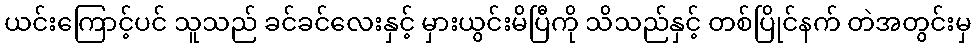
ယင်းကြောင့်ပင် သူသည် ခင်ခင်လေးနှင့် မှားယွင်းမိပြီကို သိသည်နှင့် တစ်ပြိုင်နက် တဲအတွင်းမှ